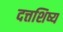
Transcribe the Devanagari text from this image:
दत्तशिष्य